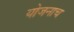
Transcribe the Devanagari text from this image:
योजनाच